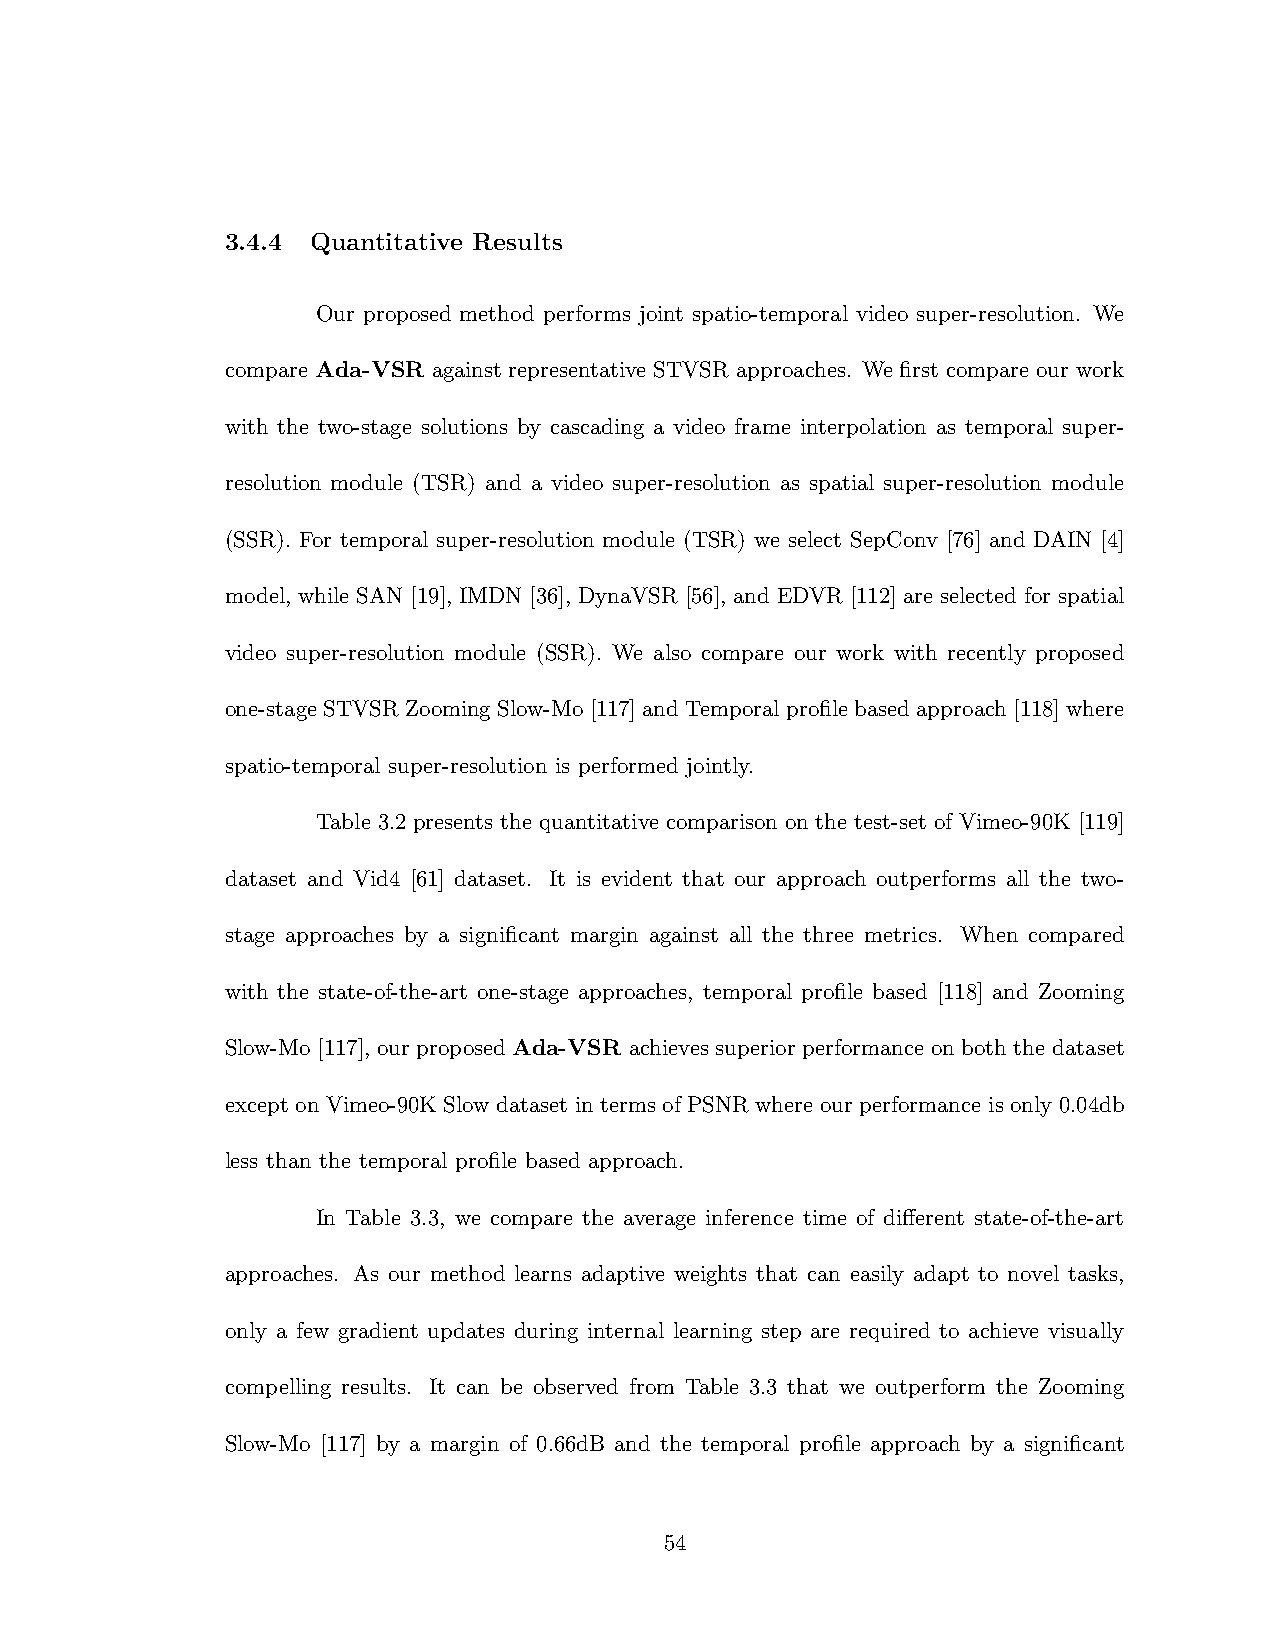
3.4.4 Quantitative Results
 Our proposed method performs joint spatio-temporal video super-resolution. We
 compare Ada-VSR against representative STVSR approaches. We first compare our work
 with the two-stage solutions by cascading a video frame interpolation as temporal super-
 resolution module (TSR) and a video super-resolution as spatial super-resolution module
 (SSR). For temporal super-resolution module (TSR) we select SepConv [76] and DAIN [4]
 model, while SAN [19], IMDN [36], DynaVSR [56], and EDVR [112] are selected for spatial
 video super-resolution module (SSR). We also compare our work with recently proposed
 one-stage STVSR Zooming Slow-Mo [117] and Temporal profile based approach [118] where
 spatio-temporal super-resolution is performed jointly.
 Table 3.2 presents the quantitative comparison on the test-set of Vimeo-90K [119]
 dataset and Vid4 [61] dataset. It is evident that our approach outperforms all the two-
 stage approaches by a significant margin against all the three metrics. When compared
 with the state-of-the-art one-stage approaches, temporal profile based [118] and Zooming
 Slow-Mo [117], our proposed Ada-VSR achieves superior performance on both the dataset
 except on Vimeo-90K Slow dataset in terms of PSNR where our performance is only 0.04db
 less than the temporal profile based approach.
 In Table 3.3, we compare the average inference time of different state-of-the-art
 approaches. As our method learns adaptive weights that can easily adapt to novel tasks,
 only a few gradient updates during internal learning step are required to achieve visually
 compelling results. It can be observed from Table 3.3 that we outperform the Zooming
 Slow-Mo [117] by a margin of 0.66dB and the temporal profile approach by a significant
 54